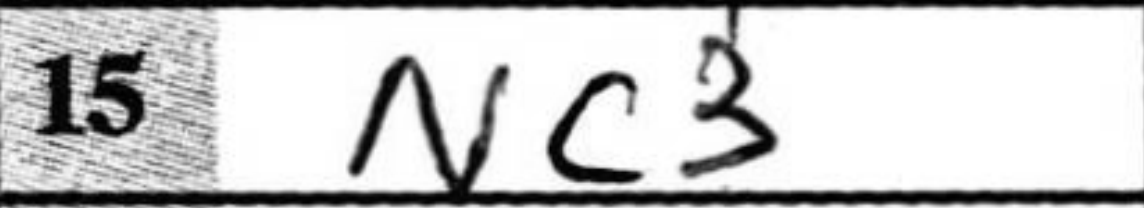
Transcription: Nc3